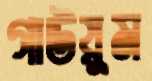
গাউয়ুম